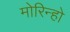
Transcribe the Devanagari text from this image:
मोरिन्हो